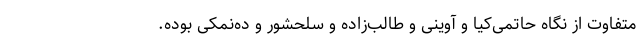
متفاوت از نگاه حاتمی‌کیا و آوینی و طالب‌زاده و سلحشور و ده‌نمکی بوده.